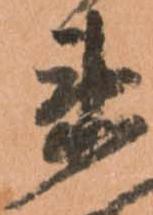
衛